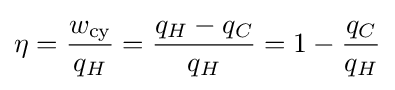
\eta ={\frac {w_{\text{cy}}}{q_{H}}}={\frac {q_{H}-q_{C}}{q_{H}}}=1-{\frac {q_{C}}{q_{H}}}